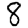
Digit: 8